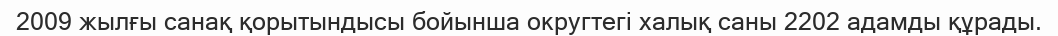
2009 жылғы санақ қорытындысы бойынша округтегі халық саны 2202 адамды құрады.